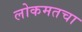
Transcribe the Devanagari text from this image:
लोकमतचा